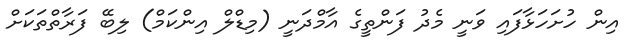
އިން ހުށަހަޅާފައި ވަނީ މެދު ފަންތީގެ އާމްދަނީ (މިޑްލް އިންކަަމް) ލިބޭ ފަރާތްތަކަށް